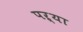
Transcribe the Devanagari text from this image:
पऱ्या